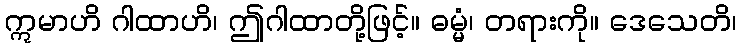
ဣမာဟိ ဂါထာဟိ၊ ဤဂါထာတို့ဖြင့်။ ဓမ္မံ၊ တရားကို။ ဒေသေတိ၊